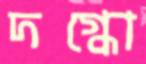
দগ্ধো